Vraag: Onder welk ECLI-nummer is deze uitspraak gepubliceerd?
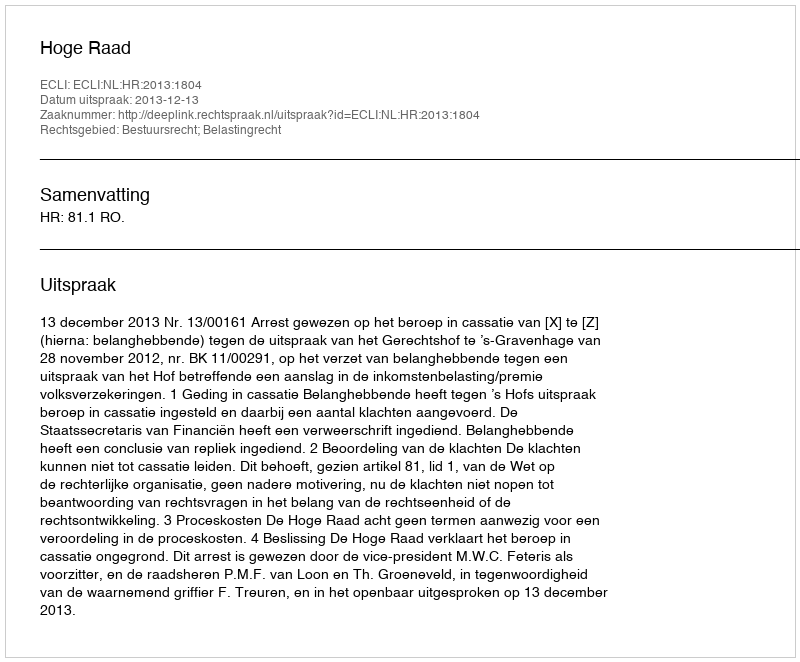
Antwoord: ECLI:NL:HR:2013:1804